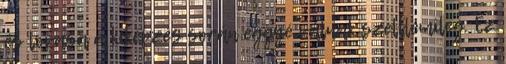
és lovasa a kiképzés során eggyé válnak szelllemileg. Ez